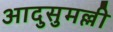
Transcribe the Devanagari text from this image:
आदुसुमल्ली